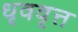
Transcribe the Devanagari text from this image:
धृववृत्त